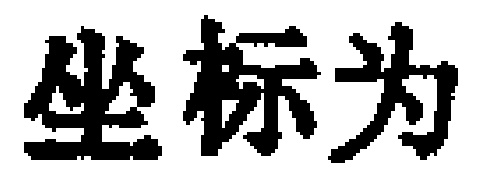
坐标为